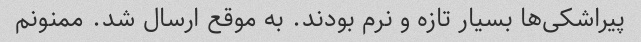
پیراشکی‌ها بسیار تازه و نرم بودند. به موقع ارسال شد. ممنونم